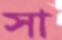
সা